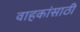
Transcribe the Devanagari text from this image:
वाहकांसाठी